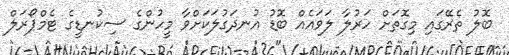
ބޮލު ތެރޭގައި މިގޮތަށް ހަރުލާ ލަވައެއް ބޮޑު އުނދަގުލަކަށްވާ މީހުންގެ ސިކުނޑީގެ ޓެމްޕޯރަލް